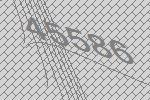
45586